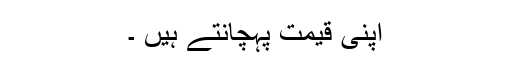
اپنی قیمت پہچانتے ہیں ۔